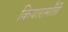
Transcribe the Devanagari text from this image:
कियारामॉँती